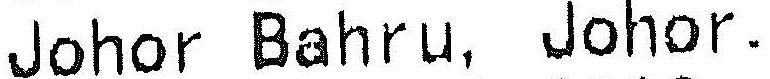
JOHOR BAHRU, JOHOR.